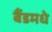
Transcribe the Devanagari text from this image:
बैंडमधे